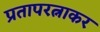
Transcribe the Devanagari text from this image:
प्रतापरत्नाकर